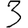
Digit: 3